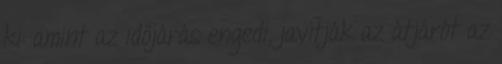
ki: amint az időjárás engedi, javítják az átjárót az